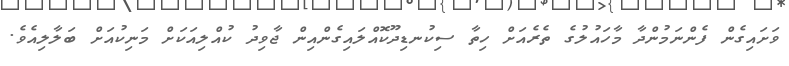
ވަށައިގެން ފެންނަމުންދާ މާހައުލުގެ ތެރެއަށް ހިތާ ސިކުނޑިދޫކޮއްލައިގެންއިން ޖާވިދު ކުއްލިއަކަށް މަނިކުއަށް ބަލާލިއެވެ.